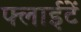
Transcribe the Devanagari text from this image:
फ्लाईटें